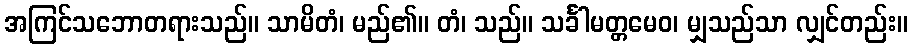
အကြင်သဘောတရားသည်။ သာမိတံ၊ မည်၏။ တံ၊ သည်။ သင်္ခါမတ္တမေဝ၊ မျှသည်သာ လျှင်တည်း။